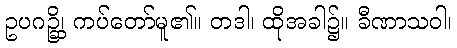
ဥပဂဉ္ဆိ၊ ကပ်တော်မူ၏။ တဒါ၊ ထိုအခါ၌။ ခီဏာသဝါ၊